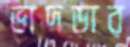
ভাদড়ার